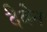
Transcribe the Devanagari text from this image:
दैवेन